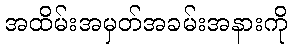
အထိမ်းအမှတ်အခမ်းအနားကို